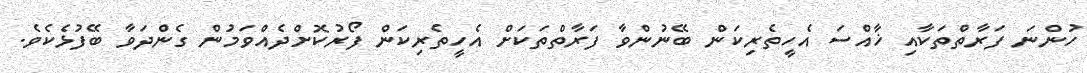
ހުންނަ ފަރާތްތަކާއި ޚާއްސަ އެހީތެރިކަން ބޭނުންވާ ފަރާތްތަކަށް އެހީތެރިކަން ފޯރުކޮށްދެއްވަމުން ގެންދަވާ ބޭފުޅެކެވެ.